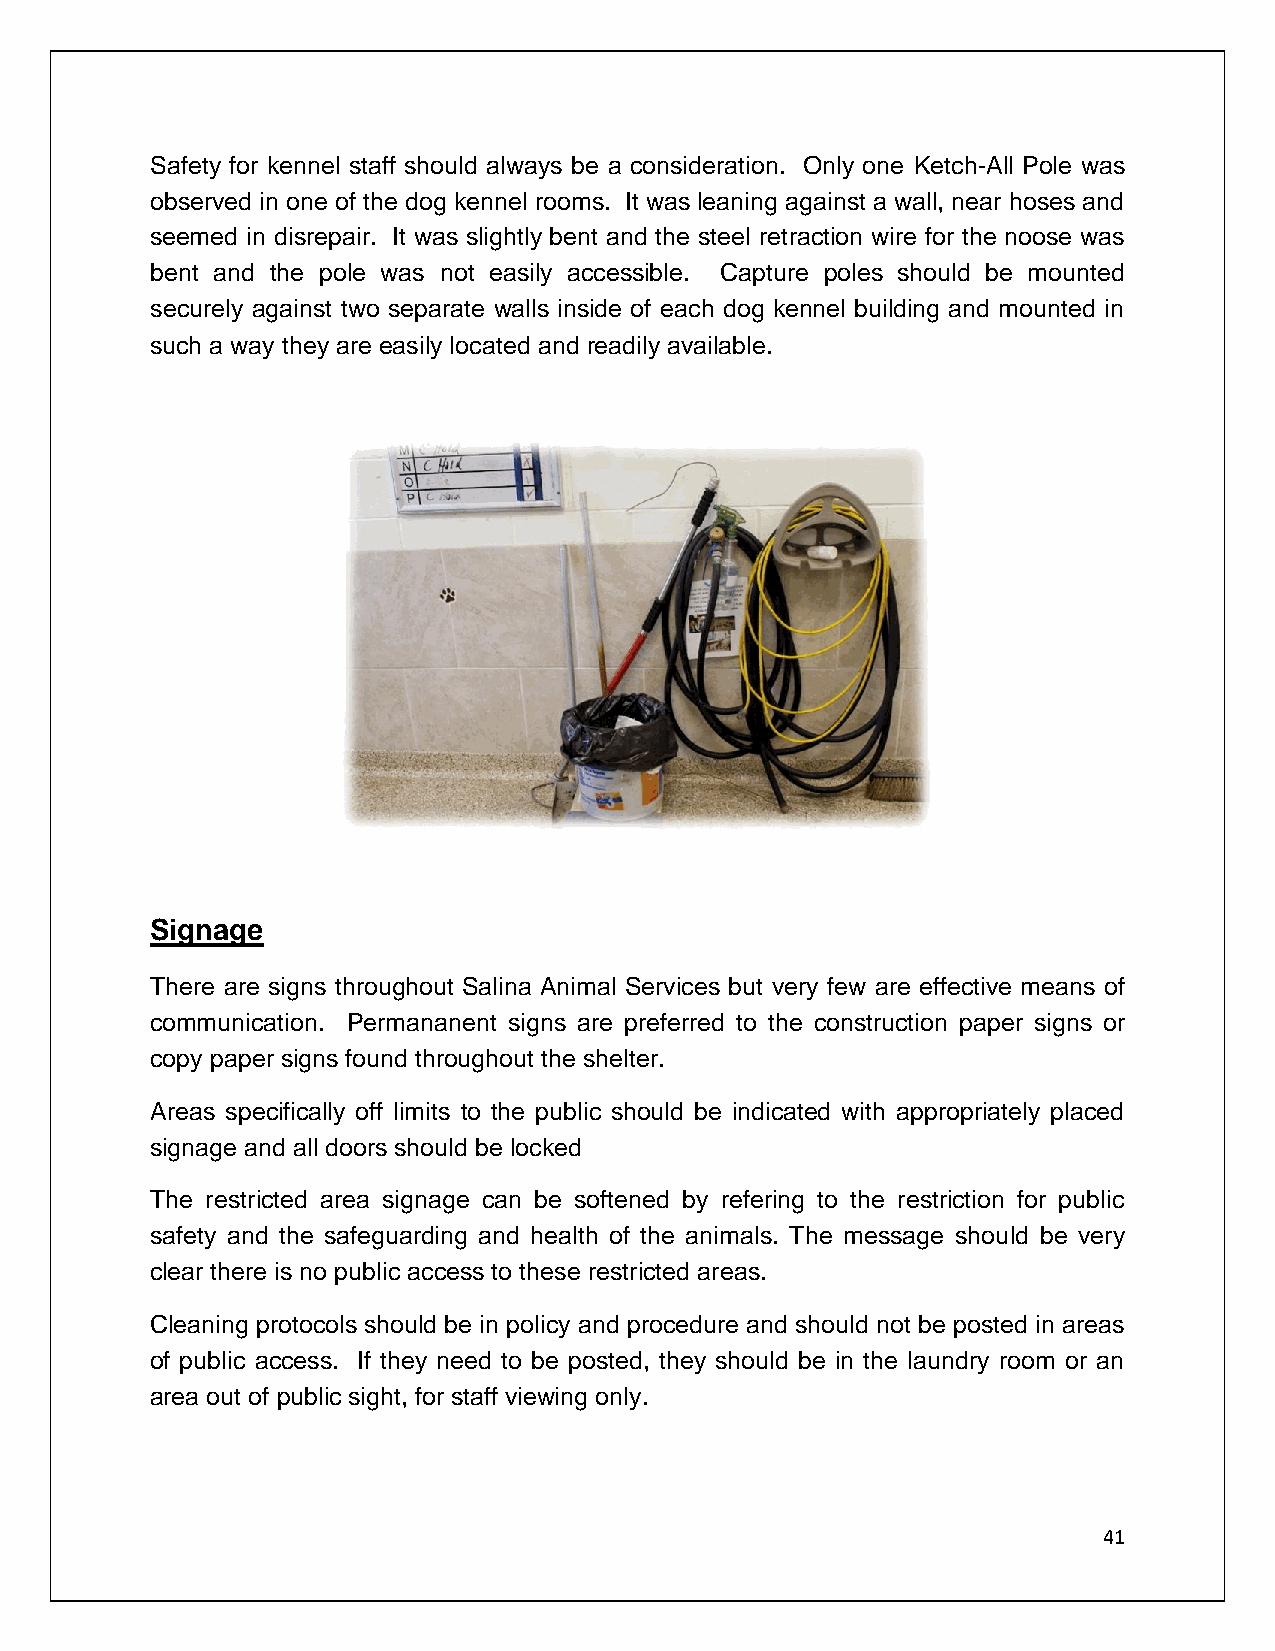
Safety for kennel staff should always be a consideration. Only one Ketch-All Pole was
 observed in one of the dog kennel rooms. It was leaning against a wall, near hoses and
 seemed in disrepair. It was slightly bent and the steel retraction wire for the noose was
 bent and the pole was not easily accessible. Capture poles should be mounted
 securely against two separate walls inside of each dog kennel building and mounted in
 such a way they are easily located and readily available.
 Signage
 There are signs throughout Salina Animal Services but very few are effective means of
 communication. Permananent signs are preferred to the construction paper signs or
 copy paper signs found throughout the shelter.
 Areas specifically off limits to the public should be indicated with appropriately placed
 signage and all doors should be locked
 The restricted area signage can be softened by refering to the restriction for public
 safety and the safeguarding and health of the animals. The message should be very
 clear there is no public access to these restricted areas.
 Cleaning protocols should be in policy and procedure and should not be posted in areas
 of public access. If they need to be posted, they should be in the laundry room or an
 area out of public sight, for staff viewing only.
 41